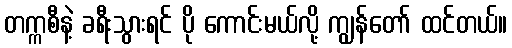
တက္ကစီနဲ့ ခရီးသွားရင် ပို ကောင်းမယ်လို့ ကျွန်တော် ထင်တယ်။